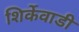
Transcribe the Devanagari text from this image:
शिर्केवाडी